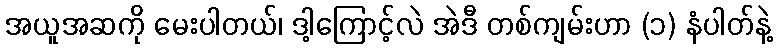
အယူအဆကို မေးပါတယ်၊ ဒါ့ကြောင့်လဲ အဲဒီ တစ်ကျမ်းဟာ (၁) နံပါတ်နဲ့